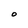
Character: O